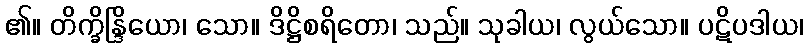
၏။ တိက္ခ္ခိန္ဒြိယော၊ သော။ ဒိဋ္ဌိစရိတော၊ သည်။ သုခါယ၊ လွယ်သော။ ပဋိပဒါယ၊